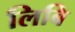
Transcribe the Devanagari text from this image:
लिबि